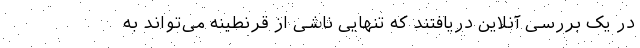
در یک بررسی آنلاین دریافتند که تنهایی ناشی از قرنطینه می‌تواند به